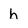
Character: h